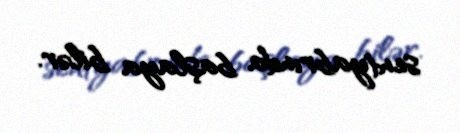
sentyabrında başlaya bilər.